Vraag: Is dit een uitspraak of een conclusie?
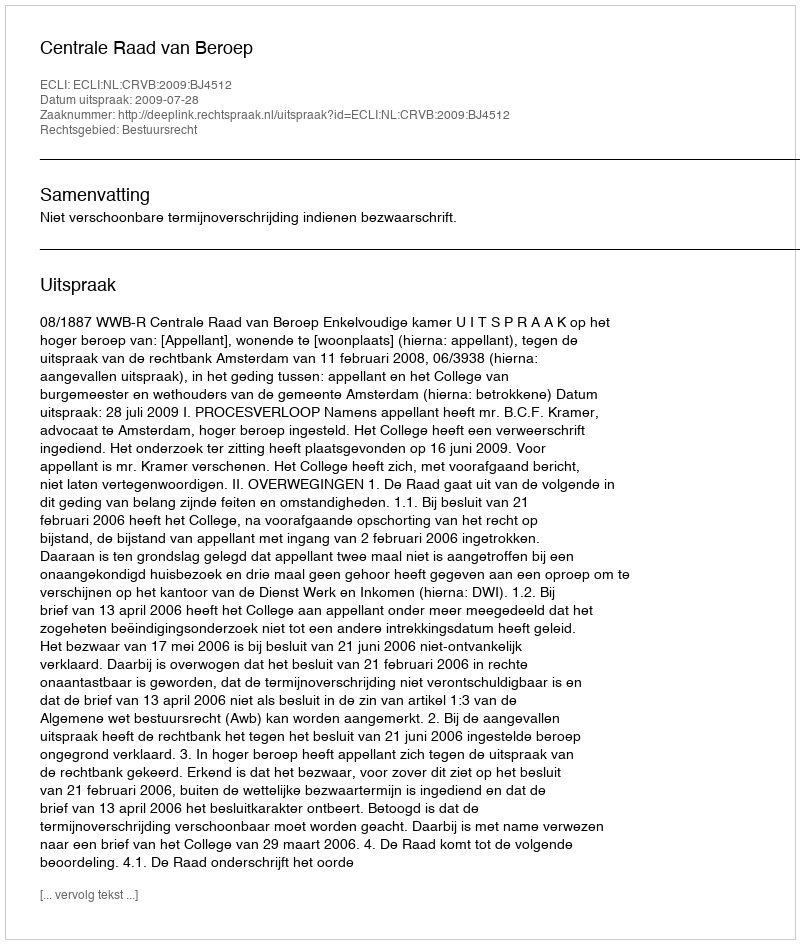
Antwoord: Uitspraak